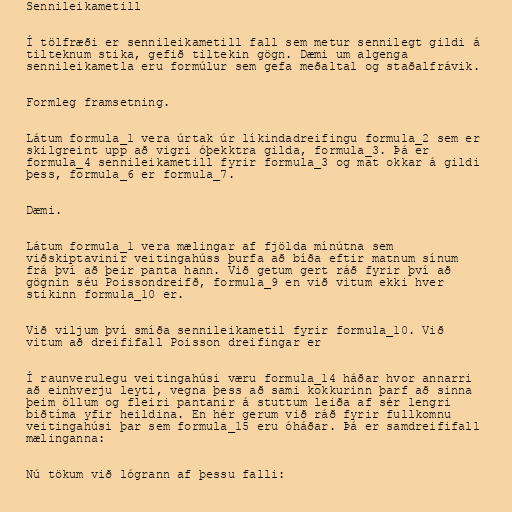
Sennileikametill

Í tölfræði er sennileikametill fall sem metur sennilegt gildi á
tilteknum stika, gefið tiltekin gögn. Dæmi um algenga
sennileikametla eru formúlur sem gefa meðaltal og staðalfrávik.

Formleg framsetning.

Látum formula_1 vera úrtak úr líkindadreifingu formula_2 sem er
skilgreint upp að vigri óþekktra gilda, formula_3. Þá er
formula_4 sennileikametill fyrir formula_3 og mat okkar á gildi
þess, formula_6 er formula_7.

Dæmi.

Látum formula_1 vera mælingar af fjölda mínútna sem
viðskiptavinir veitingahúss þurfa að bíða eftir matnum sínum
frá því að þeir panta hann. Við getum gert ráð fyrir því að
gögnin séu Poissondreifð, formula_9 en við vitum ekki hver
stikinn formula_10 er.

Við viljum því smíða sennileikametil fyrir formula_10. Við
vitum að dreififall Poisson dreifingar er

Í raunverulegu veitingahúsi væru formula_14 háðar hvor annarri
að einhverju leyti, vegna þess að sami kokkurinn þarf að sinna
þeim öllum og fleiri pantanir á stuttum leiða af sér lengri
biðtíma yfir heildina. En hér gerum við ráð fyrir fullkomnu
veitingahúsi þar sem formula_15 eru óháðar. Þá er samdreififall
mælinganna:

Nú tökum við lógrann af þessu falli: